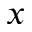
x